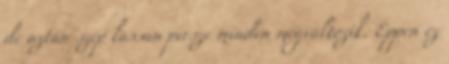
de aztán szép lassan persze minden megváltozik. Éppen ez